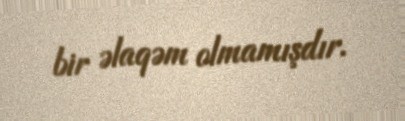
bir əlaqəm olmamışdır.